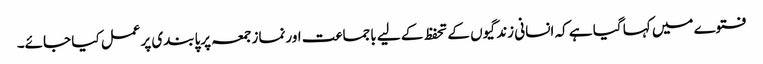
فتوے میں کہا گیا ہے کہ انسانی زندگیوں کے تحفظ کے لیے باجماعت اورنمازجمعہ پرپابندی پرعمل کیا جائے۔